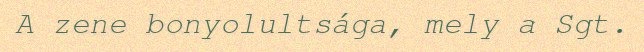
A zene bonyolultsága, mely a Sgt.